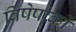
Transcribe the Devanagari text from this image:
विषेषांकों